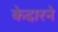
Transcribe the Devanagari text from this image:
केदारने